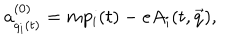
a _ { q _ { i } ( t ) } ^ { ( 0 ) } = m p _ { i } ( t ) - e A _ { i } ( t , \vec { q } ) ,